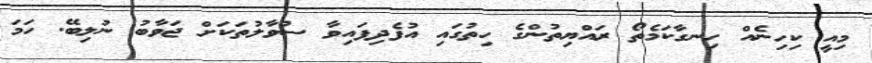
މިއީ ކިހިނެއް ހިނގާކަމެތޯ ރައްޔިތުންގެ ހިތުގައި އުފެދިފައިވާ ސުވާލުތަކަށް ޖަވާބު ނުލިބޭ. ހަމަ